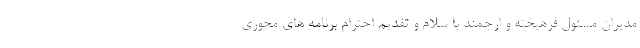
مدیران مسئول فرهیخته و ارجمند با سلام و تقدیم احترام برنامه های محوری